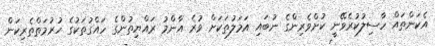
އެކަންތައް ހާސިލުކުރެވޭނީ ކުށްވެރިންގެ ނުބައި އަމަލުތަކަށް ވުރެ އާންމު ރައްޔިތުންގެ ހައްގުތަކުގެ ހުރުމަތްތެރިކަން